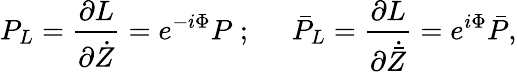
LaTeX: P_{L}=\frac{\partial L}{\partial\dot{Z}}=e^{-i\Phi}P\; ;\; \; \; \; \; \bar{P}_{L}=\frac{\partial L}{\partial\dot{\bar{Z}}}=e^{i\Phi}\bar{P},